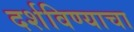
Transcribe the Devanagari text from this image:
दर्शविण्याचा